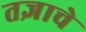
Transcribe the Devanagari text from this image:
तज्ञाचे